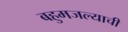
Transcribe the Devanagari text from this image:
बहुमजल्याची